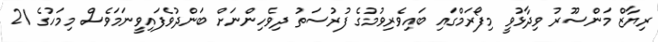
ރިޔާޒް މަންސޫރު ވިދާޅުވީ މިފޯރަމްގައި ބައިވެރިވުމުގެ ފުރުސަތު ދިވެހިންނަށް ބަންދުވެފައިވީނަމަވެސް މިމަހުގެ 21